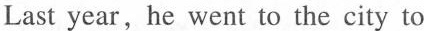
Last year, he went to the city to